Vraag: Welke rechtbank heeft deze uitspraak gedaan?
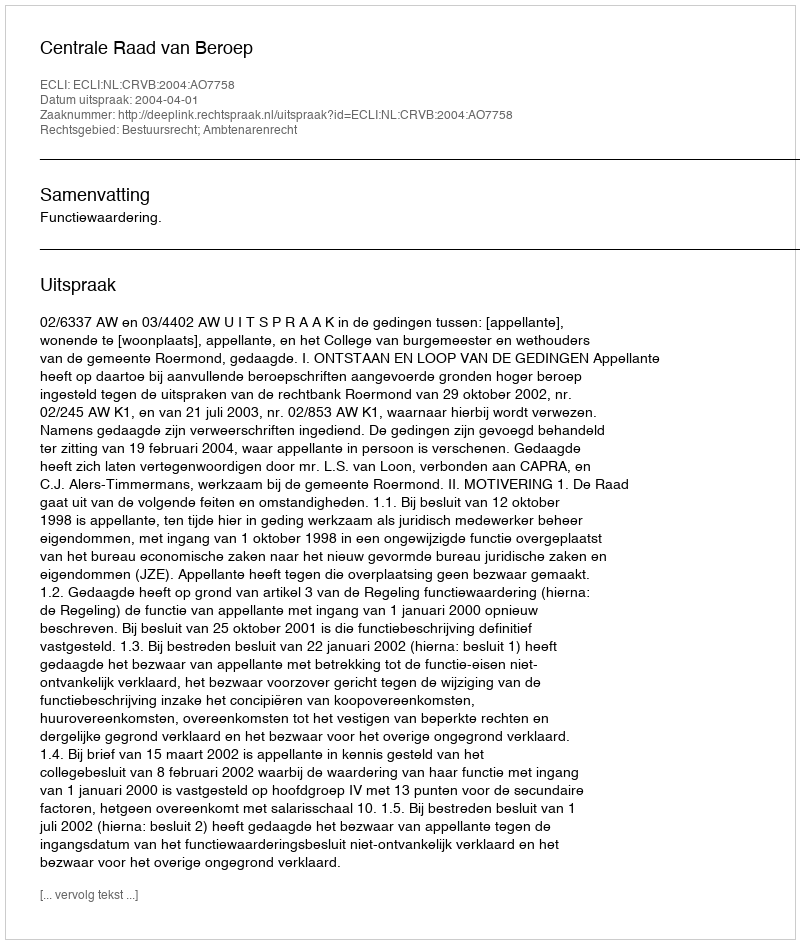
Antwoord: Centrale Raad van Beroep